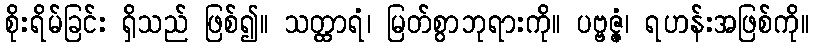
စိုးရိမ်ခြင်း ရှိသည် ဖြစ်၍။ သတ္ထာရံ၊ မြတ်စွာဘုရားကို။ ပဗ္ဗဇ္ဇံ၊ ရဟန်းအဖြစ်ကို။